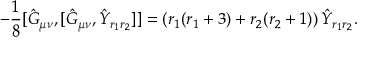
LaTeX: - \frac { 1 } { 8 } [ \hat { G } _ { \mu \nu } , [ \hat { G } _ { \mu \nu } , \hat { Y } _ { r _ { 1 } r _ { 2 } } ] ] = \left( r _ { 1 } ( r _ { 1 } + 3 ) + r _ { 2 } ( r _ { 2 } + 1 ) \right) \hat { Y } _ { r _ { 1 } r _ { 2 } } .